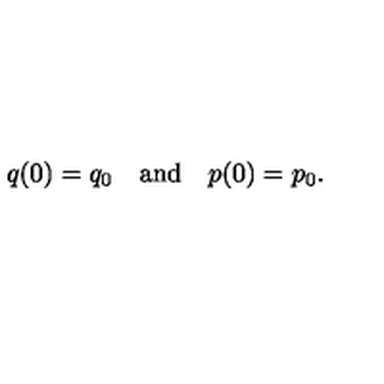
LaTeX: q ( 0 ) = q _ { 0 } \quad \mathrm { a n d } \quad p ( 0 ) = p _ { 0 } .